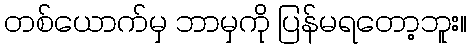
တစ်ယောက်မှ ဘာမှကို ပြန်မရတော့ဘူး။